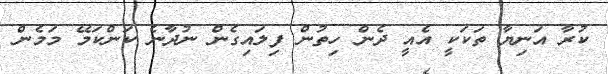
ކުރާ އަނިޔާ ތަކަކީ އެއީ ދެން ހިތުން ފިލައިގެން ނުދާނެ ކަންކަމޭ މަމެން